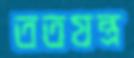
ততযন্ত্র